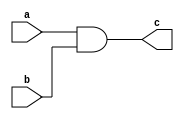
module AND_dig(
    input a,
    input b,
    output c
    );
    assign c=a&b;
endmodule